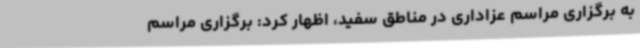
به برگزاری مراسم عزاداری در مناطق سفید، اظهار کرد: برگزاری مراسم